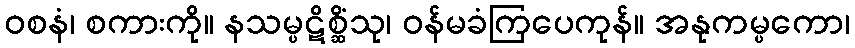
ဝစနံ၊ စကားကို။ နသမ္ပဋိစ္ဆိံသု၊ ဝန်မခံကြပေကုန်။ အနုကမ္ပကော၊